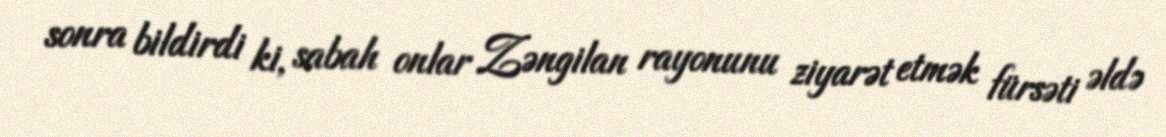
sonra bildirdi ki, sabah onlar Zəngilan rayonunu ziyarət etmək fürsəti əldə